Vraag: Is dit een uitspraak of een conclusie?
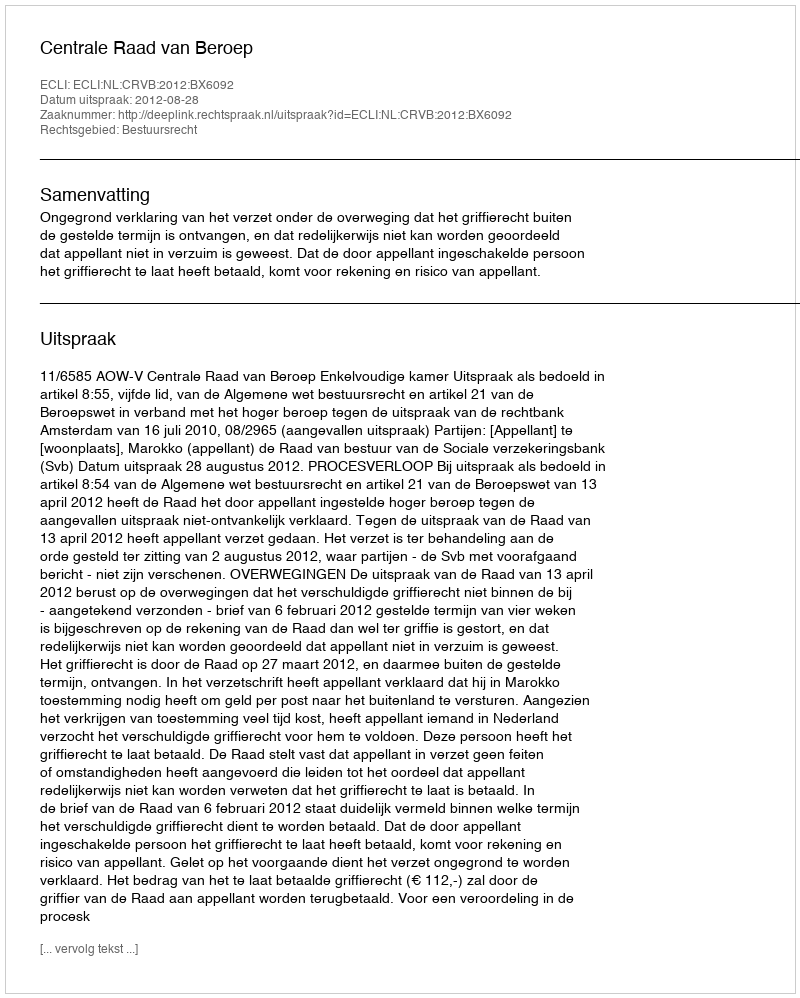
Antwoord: Uitspraak